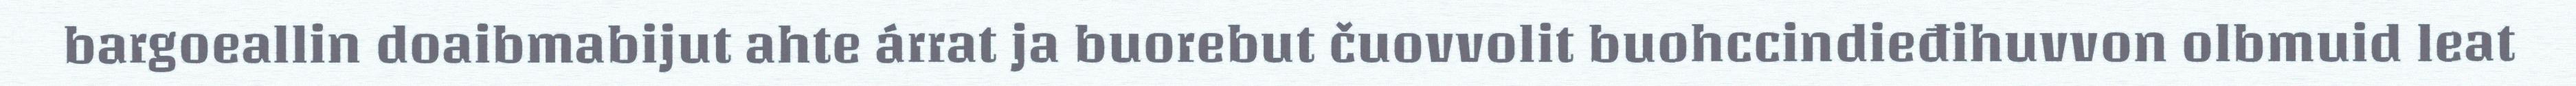
bargoeallin doaibmabijut ahte árrat ja buorebut čuovvolit buohccindieđihuvvon olbmuid leat